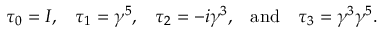
\begin{array} { c c c c c } { { \tau _ { 0 } = I , } } & { { \tau _ { 1 } = \gamma ^ { 5 } , } } & { { \tau _ { 2 } = - i \gamma ^ { 3 } , } } & { { \mathrm { a n d } } } & { { \tau _ { 3 } = \gamma ^ { 3 } \gamma ^ { 5 } . } } \end{array}